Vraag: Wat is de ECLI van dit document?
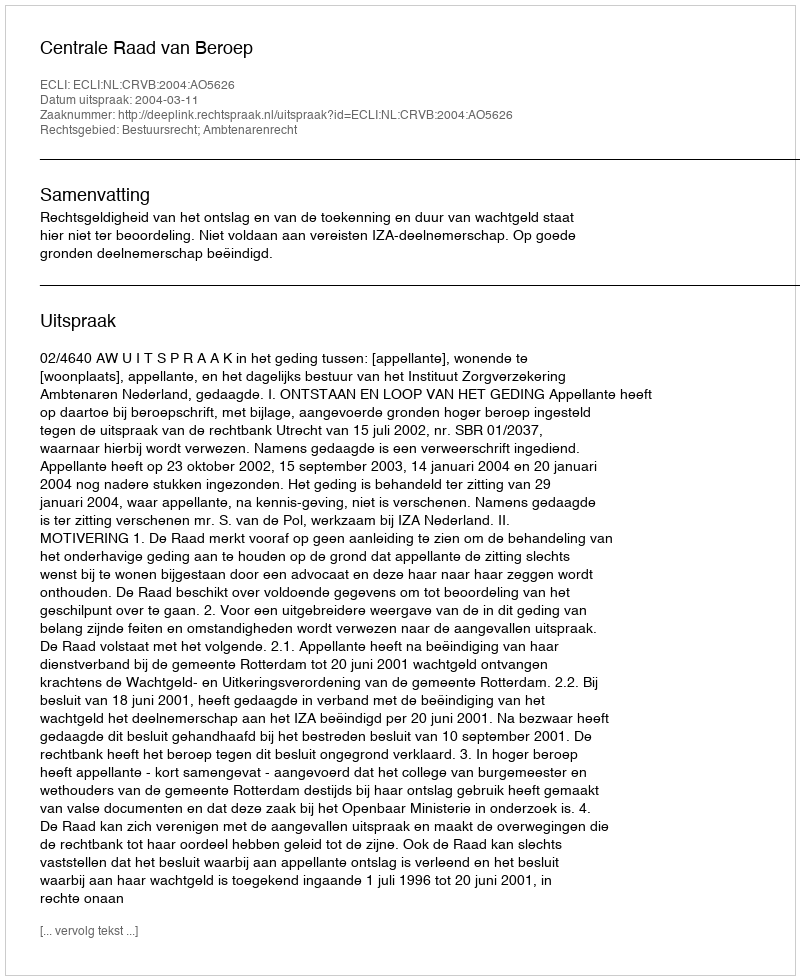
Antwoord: ECLI:NL:CRVB:2004:AO5626